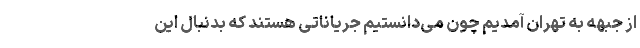
از جبهه به تهران آمدیم چون می‌دانستیم جریاناتی هستند که بدنبال این